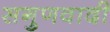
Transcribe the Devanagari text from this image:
सगुणवादी